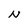
Character: N